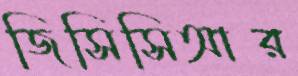
জিসিসিআর